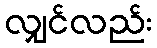
လျှင်လည်း